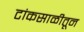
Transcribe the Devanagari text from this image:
टांकसाळीतून